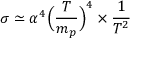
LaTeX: \sigma \simeq \alpha ^ { 4 } \Bigl ( \frac { T } { m _ { p } } \Bigr ) ^ { 4 } \times \frac { 1 } { T ^ { 2 } }